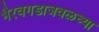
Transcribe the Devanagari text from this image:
भैरवगडाजवळच्या